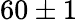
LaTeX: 60\pm 1